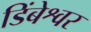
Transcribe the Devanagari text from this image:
डिंबेश्वर